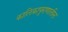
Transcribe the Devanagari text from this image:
कालिकापुराणातील